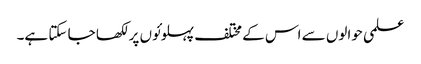
علمی حوالوں سے اس کے مختلف پہلوئوں پر لکھا جا سکتا ہے۔